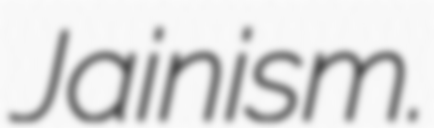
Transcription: Jainism.